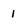
Character: l